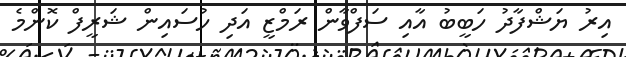
އިރު ޔަޝްފާދު ހަބީބު އާއި ސަފްވާން ރަމްޒީ އަދި ހުސައިން ޝަރީފް ކޮންމެ